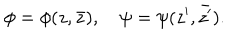
LaTeX: \phi = \phi ( z , \bar { z } ) , \quad \psi = \psi ( z ^ { \prime } , \bar { z ^ { \prime } } ) .